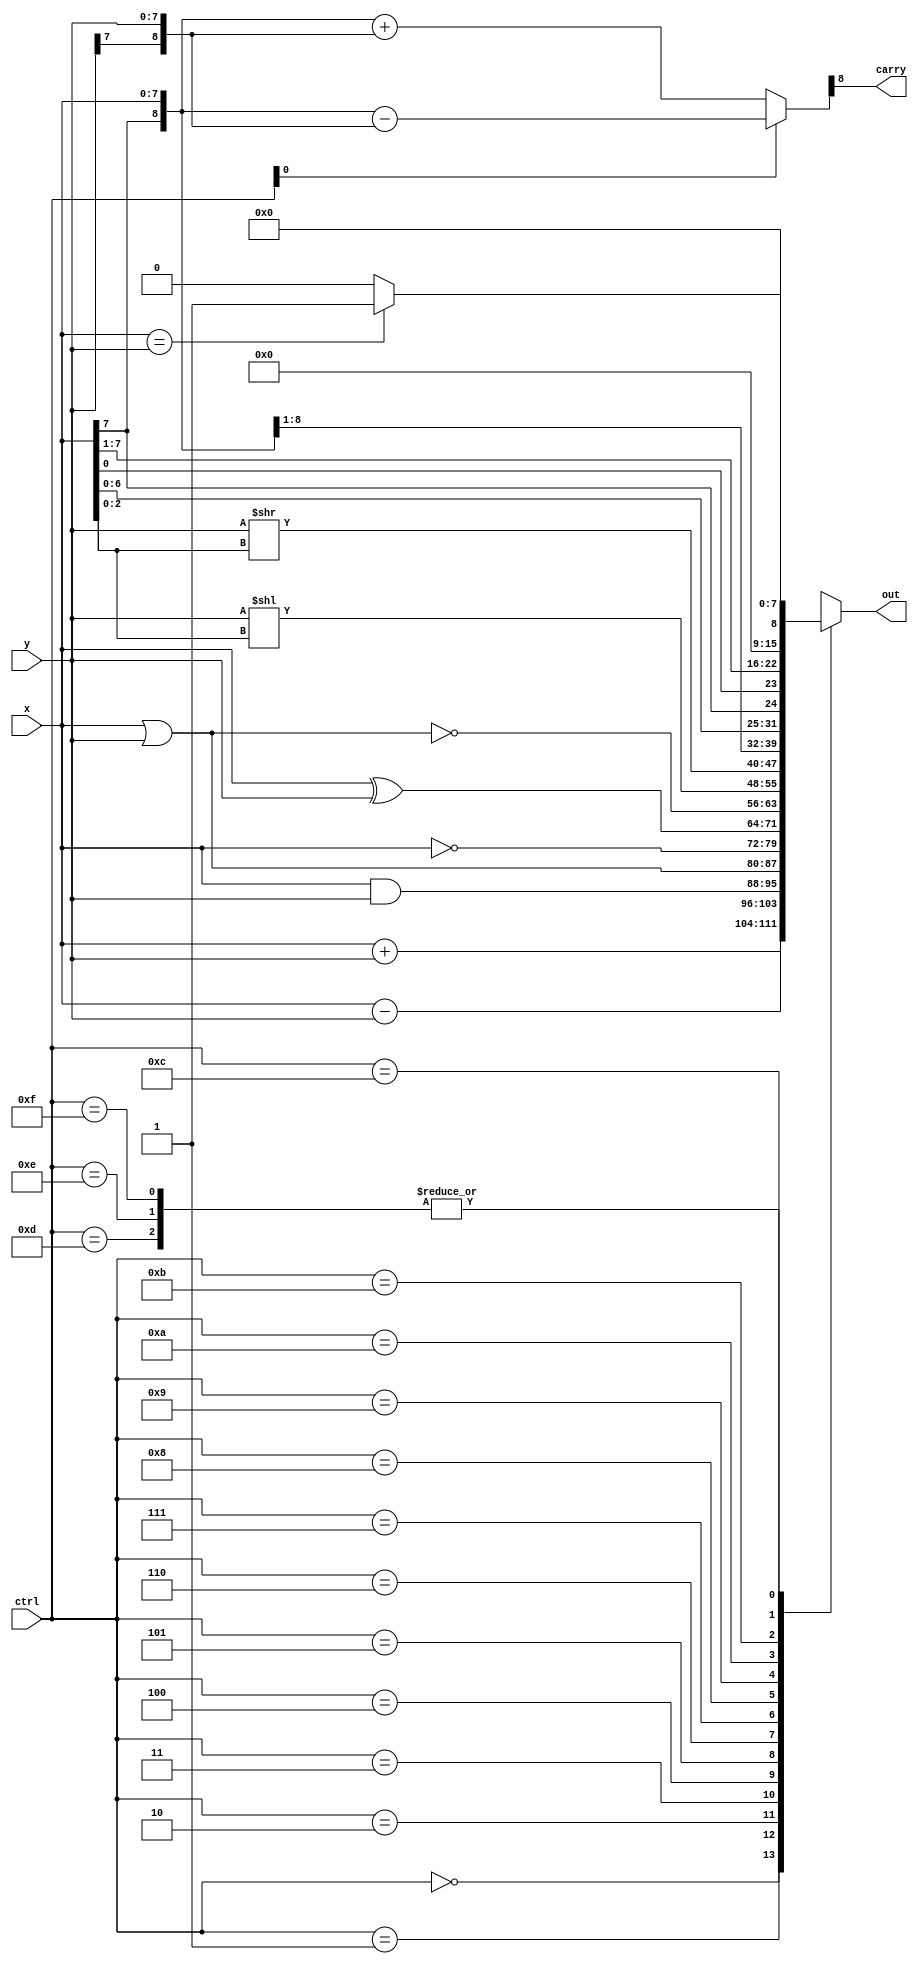
//RT Vlevel (event-driven) 
module alu_always(
    ctrl,
    x,
    y,
    carry,
    out 
);
    
    input  [3:0] ctrl;
    input  [7:0] x;
    input  [7:0] y;
    output       carry;
    output [7:0] out;
    reg [7:0] out;
reg [8:0]out1;
reg carry;
    always @(*) begin
	out1 =ctrl[0]?{x[7],x} - {y[7],y}:{x[7],x} + {y[7],y};
	carry = out1[8];
        case (ctrl)
            4'b0000:out = x + y;
            4'b0001:out = x - y;
            4'b0010:out = x & y;
            4'b0011:out = x | y;
            4'b0100:out = ~x;
            4'b0101:out = x ^ y;
            4'b0110:out = ~(x | y);
            4'b0111:out = y << x[2:0];
            4'b1000:out = y >> x[2:0];
            4'b1001:out ={x[7],x[7:1]};
            4'b1010:out = {x[6:0] , x[7]};
            4'b1011:out = {x[0] , x[7:1]};
            4'b1100:out = (x==y)?1:0;
            4'b1101:out = 0;
            4'b1110:out = 0;
            4'b1111:out = 0;
            default : out = 0;
        endcase
    
    end

endmodule